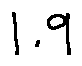
1 . 9